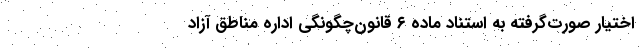
اختیار صورت‌گرفته به استناد ماده ۶ قانون‌چگونگی اداره مناطق آزاد